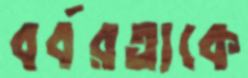
বর্বরতাকে